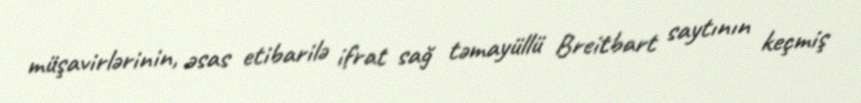
müşavirlərinin, əsas etibarilə ifrat sağ təmayüllü Breitbart saytının keçmiş